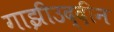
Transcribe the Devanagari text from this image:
गाझीउद्दीन